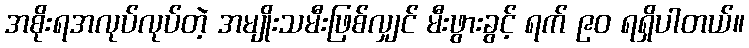
အစိုးရအလုပ်လုပ်တဲ့ အမျိုးသမီးဖြစ်လျှင် မီးဖွားခွင့် ရက် ၉၀ ရရှိပါတယ်။